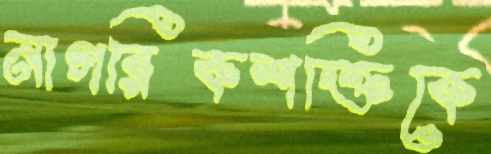
নাগরিকশক্তিকে